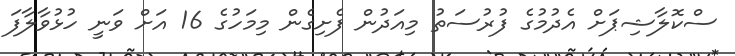
ސްކޮލާޝިޕަށް އެދުމުގެ ފުރުސަތު މިއަދުން ފެށިގެން މިމަހުގެ 16 އަށް ވަނީ ހުޅުވާލާފަ